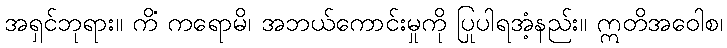
အရှင်ဘုရား။ ကိံ ကရောမိ၊ အဘယ်ကောင်းမှုကို ပြုပါရအံ့နည်း။ ဣတိအဝေါစ၊